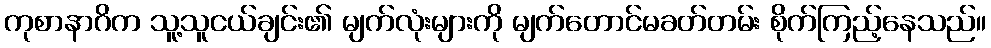
ကုစာနာဂိက သူ့သူငယ်ချင်း၏ မျက်လုံးများကို မျက်တောင်မခတ်တမ်း စိုက်ကြည့်နေသည်။